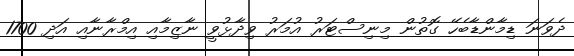
ދެވަނަ ޑިމާންޑާބެހޭ ގޮތުން މިނިސްޓަރު އުމަރު ވިދާޅުވީ ނާޒިމާއި އިމްރާނާއި އަދި 1700